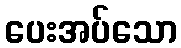
ပေးအပ်သော